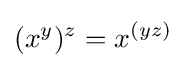
(x^{y})^{z}=x^{(yz)}